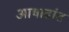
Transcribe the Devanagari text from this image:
आषाढांत